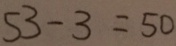
5 3 - 3 = 5 0